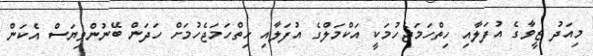
މިއަދު ޒީވާގެ އުފަލާއި ހިތްހަމަޖެހުމަކީ އަކްމަލްގެ އުފަލާއި ހިތްހަމަޖެހުމަށް ހަދަން ބޭނުންވިޔަސް އެކަން